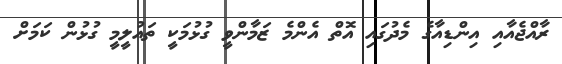
ރާއްޖެއާއި އިންޑިއާގެ މެދުގައި އޮތް އެންމެ ޒަމާންވީ ގުޅުމަކީ ތައުލީމީ ގުޅުން ކަމަށް